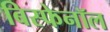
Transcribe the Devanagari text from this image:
बिस्फेनॉल